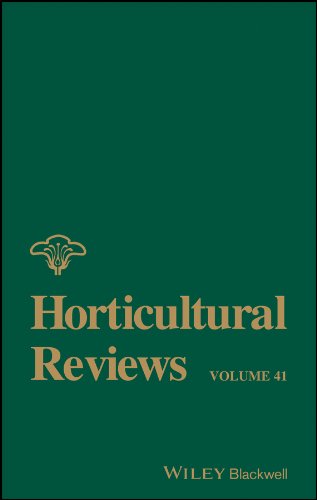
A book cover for Horticultural Reviews, Volume 41; Science & Math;